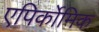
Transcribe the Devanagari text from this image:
एपिर्कोमिक